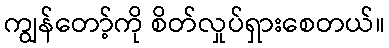
ကျွန်တော့်ကို စိတ်လှုပ်ရှားစေတယ်။